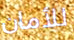
للأمان